Vaccination in Bombay 1856-1862 - 1856-1862
Year: 1856
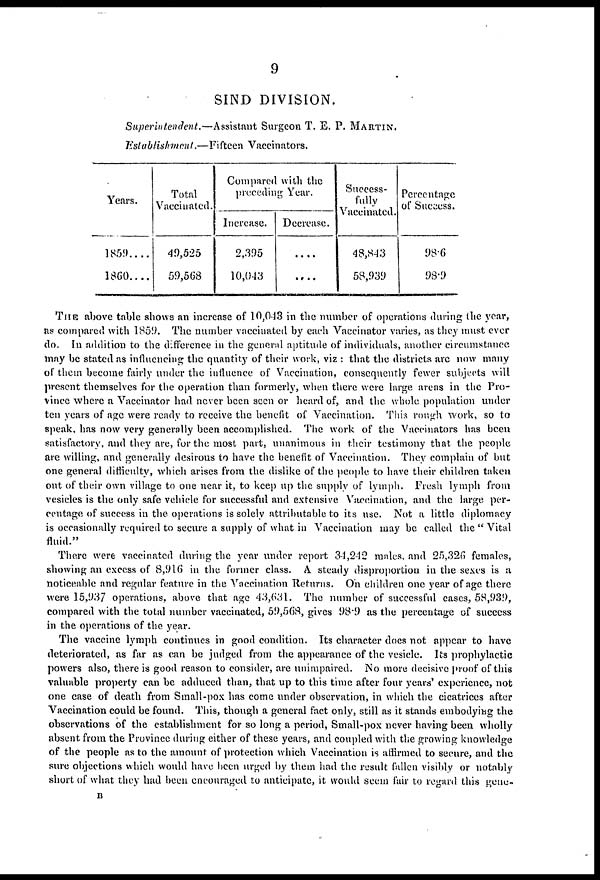
9
SIND DIVISION.
Superintendent.—Assistant
Surgeon T. E. P. MARTIN.
Establishment.—Fifteen
Vaccinators.
Years.
1859 . . . .
1860 . . . .
Total
Vaccinated.
49,525
59,568
Compared with the
preceding Year.
Increase.
2,395
10,043
Decrease.
....
....
Success-
fully
Vaccinated.
48,843
58,939
Percentage
of Success.
98.6
98.9
THE above table shows an increase of 10,043 in the number of operations during the year,
as compared with 1859. The number vaccinated by each Vaccinator varies, as they must ever
do. In addition to the difference in the general aptitude of individuals, another circumstance
may be stated as influencing the quantity of their work, viz : that the districts are now many
of them become fairly under the influence of Vaccination, consequently fewer subjects will
present themselves for the operation than formerly, when there were large areas in the Pro-
vince where a Vaccinator had never been seen or heard of, and the whole population under
ten years of age were ready to receive the benefit of Vaccination. This rough work, so to
speak, has now very generally been accomplished. The work of the Vaccinators has been
satisfactory, and they are, for the most part, unanimous in their testimony that the people
are willing, and generally desirous to have the benefit of Vaccination. They complain of but
one general difficulty, which arises from the dislike of the people to have their children taken
out of their own village to one near it, to keep up the supply of lymph. Fresh lymph from
vesicles is the only safe vehicle for successful and extensive Vaccination, and the large per-
centage of success in the operations is solely attributable to its use. Not a little diplomacy
is occasionally required to secure a supply of what in Vaccination may be called the " Vital
fluid."
There were vaccinated during the year under report 34,242 males, and 25,326 females,
showing an excess of 8,916 in the former class. A steady disproportion in the sexes is a
noticeable and regular feature in the Vaccination Returns. On children one year of age there
were 15,937 operations, above that age 43,631. The number of successful cases, 58,939,
compared with the total number vaccinated, 59,568, gives 98.9 as the percentage of success
in the operations of the year.
The vaccine lymph continues in good condition. Its character does not appear to have
deteriorated, as far as can be judged from the appearance of the vesicle. Its prophylactic
powers also, there is good reason to consider, are unimpaired. No more decisive proof of this
valuable property can be adduced than, that up to this time after four years' experience, not
one case of death from Small-pox has come under observation, in which the cicatrices after
Vaccination could be found. This, though a general fact only, still as it stands embodying the
observations of the establishment for so long a period, Small-pox never having been wholly
absent from the Province during either of these years, and coupled with the growing knowledge
of the people as to the amount of protection which Vaccination is affirmed to secure, and the
sure objections which would have been urged by them had the result fallen visibly or notably
short of what they had been encouraged to anticipate, it would seem fair to regard this gene-
B